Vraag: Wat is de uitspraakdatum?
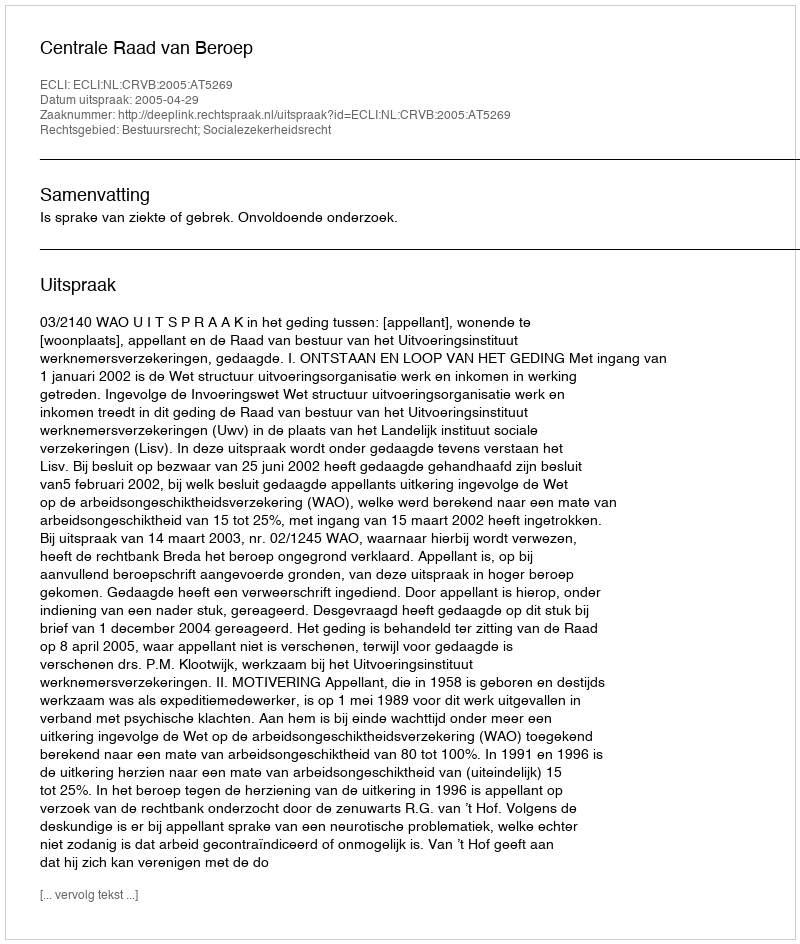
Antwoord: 2005-04-29